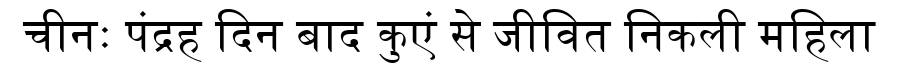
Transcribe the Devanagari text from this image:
चीनः पंद्रह दिन बाद कुएं से जीवित निकली महिला